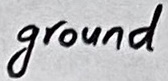
Text: ground